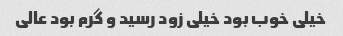
خیلی خوب بود خیلی زود رسید و گرم بود عالی